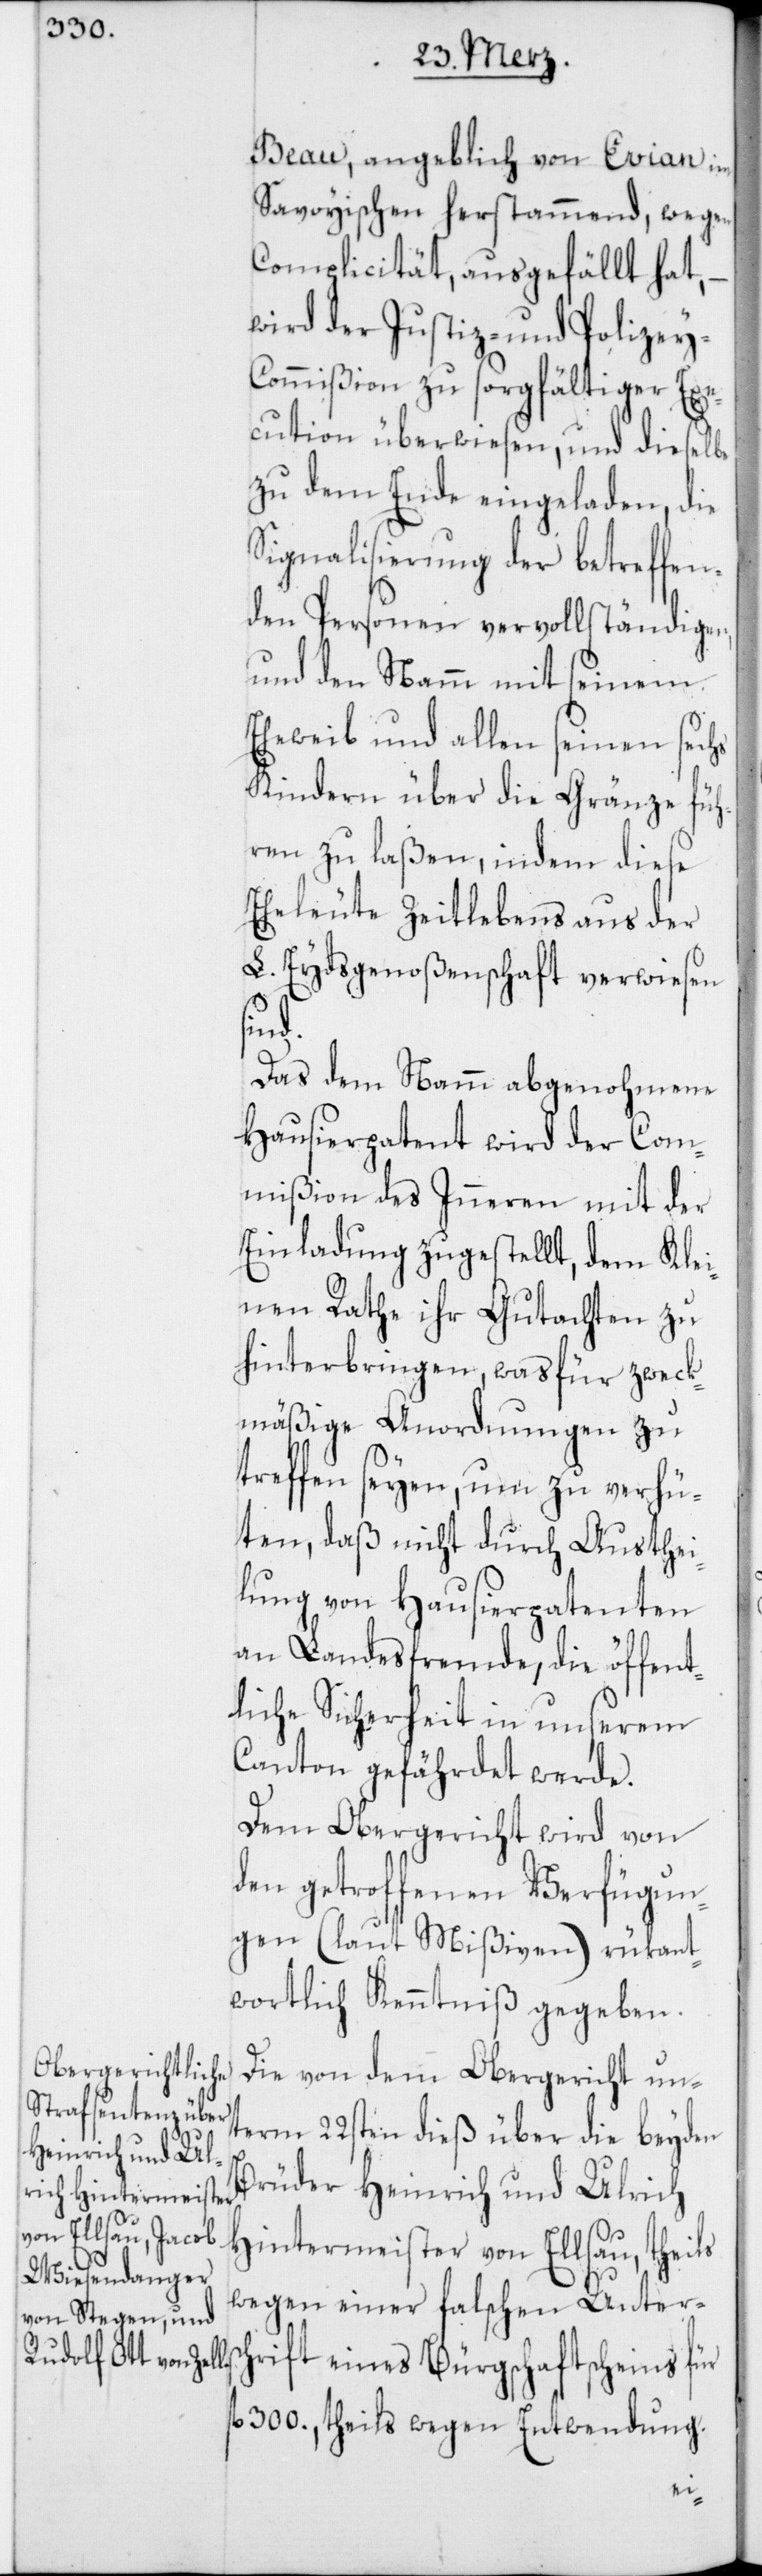
Beau, angeblich von Evian im
Savoyischen herstammend, wegen
Complicität, ausgefällt hat,
wird der Justiz- und Polizey-C¬
ommißion zu sorgfältiger Exe¬
cution überwiesen, und dieselbe
zu dem Ende eingeladen, die
Signalisierung der betreffen¬
den Personen vervollständigen,
und den Namm mit seinem
Eheweib und allen seinen sechs
Kindern über die Gränze füh¬
ren zu laßen, indem diese
Eheleute zeitlebens aus der
L. Eydsgenoßenschaft verwiesen
sind.
Das dem Namm abgenohmene
Hausierpatent wird der Com¬
mißion des Inneren mit der
Einladung zugestellt, dem Klei¬
nen Rathe ihr Gutachten zu
hinterbringen, was für zweck¬
mäßige Anordnungen zu
treffen seyen, um zu verhü¬
ten, daß nicht durch Austhei¬
lung von Hausierpatenten
an Landesfremde, die öffent¬
liche Sicherheit in unserem
Canton gefährdet werde.
Dem Obergericht wird von
den getroffenen Verfügun¬
gen (laut Mißiven) rükant¬
wortlich Kenntniß gegeben.
Die von dem Obergericht un¬
term 22sten dieß über die beyden
Brüder Heinrich und Ulrich
Hintermeister von Ellsau, theils
wegen einer falschen Untersc¬
hrift eines Bürgschaftscheins für
300., theils wegen Entwendung